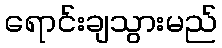
ရောင်းချသွားမည်